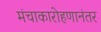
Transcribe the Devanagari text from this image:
मंचाकारोहणानंतर